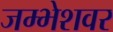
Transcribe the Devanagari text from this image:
जम्भेशवर